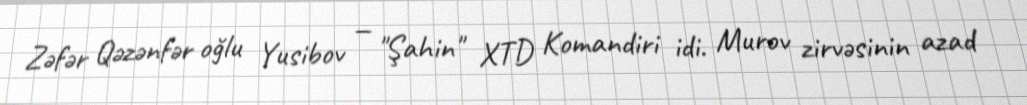
Zəfər Qəzənfər oğlu Yusibov — "Şahin" XTD Komandiri idi. Murov zirvəsinin azad